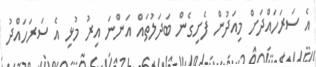
އެ ސަރަހައްދަށް މިއަދުން ފެށިގެން ބަދަލުތައް އަންނަ އިރު މުޅި އެ ސަރަހައްދު